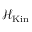
{ \mathcal { H } } _ { \mathrm { K i n } }